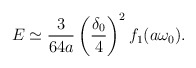
\begin{align*}E\simeq\frac{3}{64 a} \left (\frac{\delta_0}{4}\right )^2f_1(a\omega_0).\end{align*}